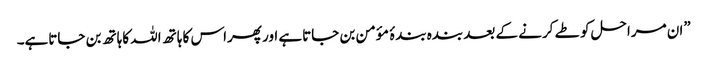
”ان مراحل کو طے کرنے کے بعد بندہ بندۂ مؤمن بن جاتاہے اور پھراس کا ہاتھ اللہ کاہاتھ بن جاتاہے۔